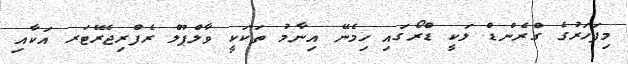
މިފަހަރުގެ ގްރެންޑް ލަކީ ޑްރޯގައި ހިމެނޭ އިނާމު ތަކަކީ ވާލްޕޫލް ރެފްރިޖެރޭޓަރ އަކާއި